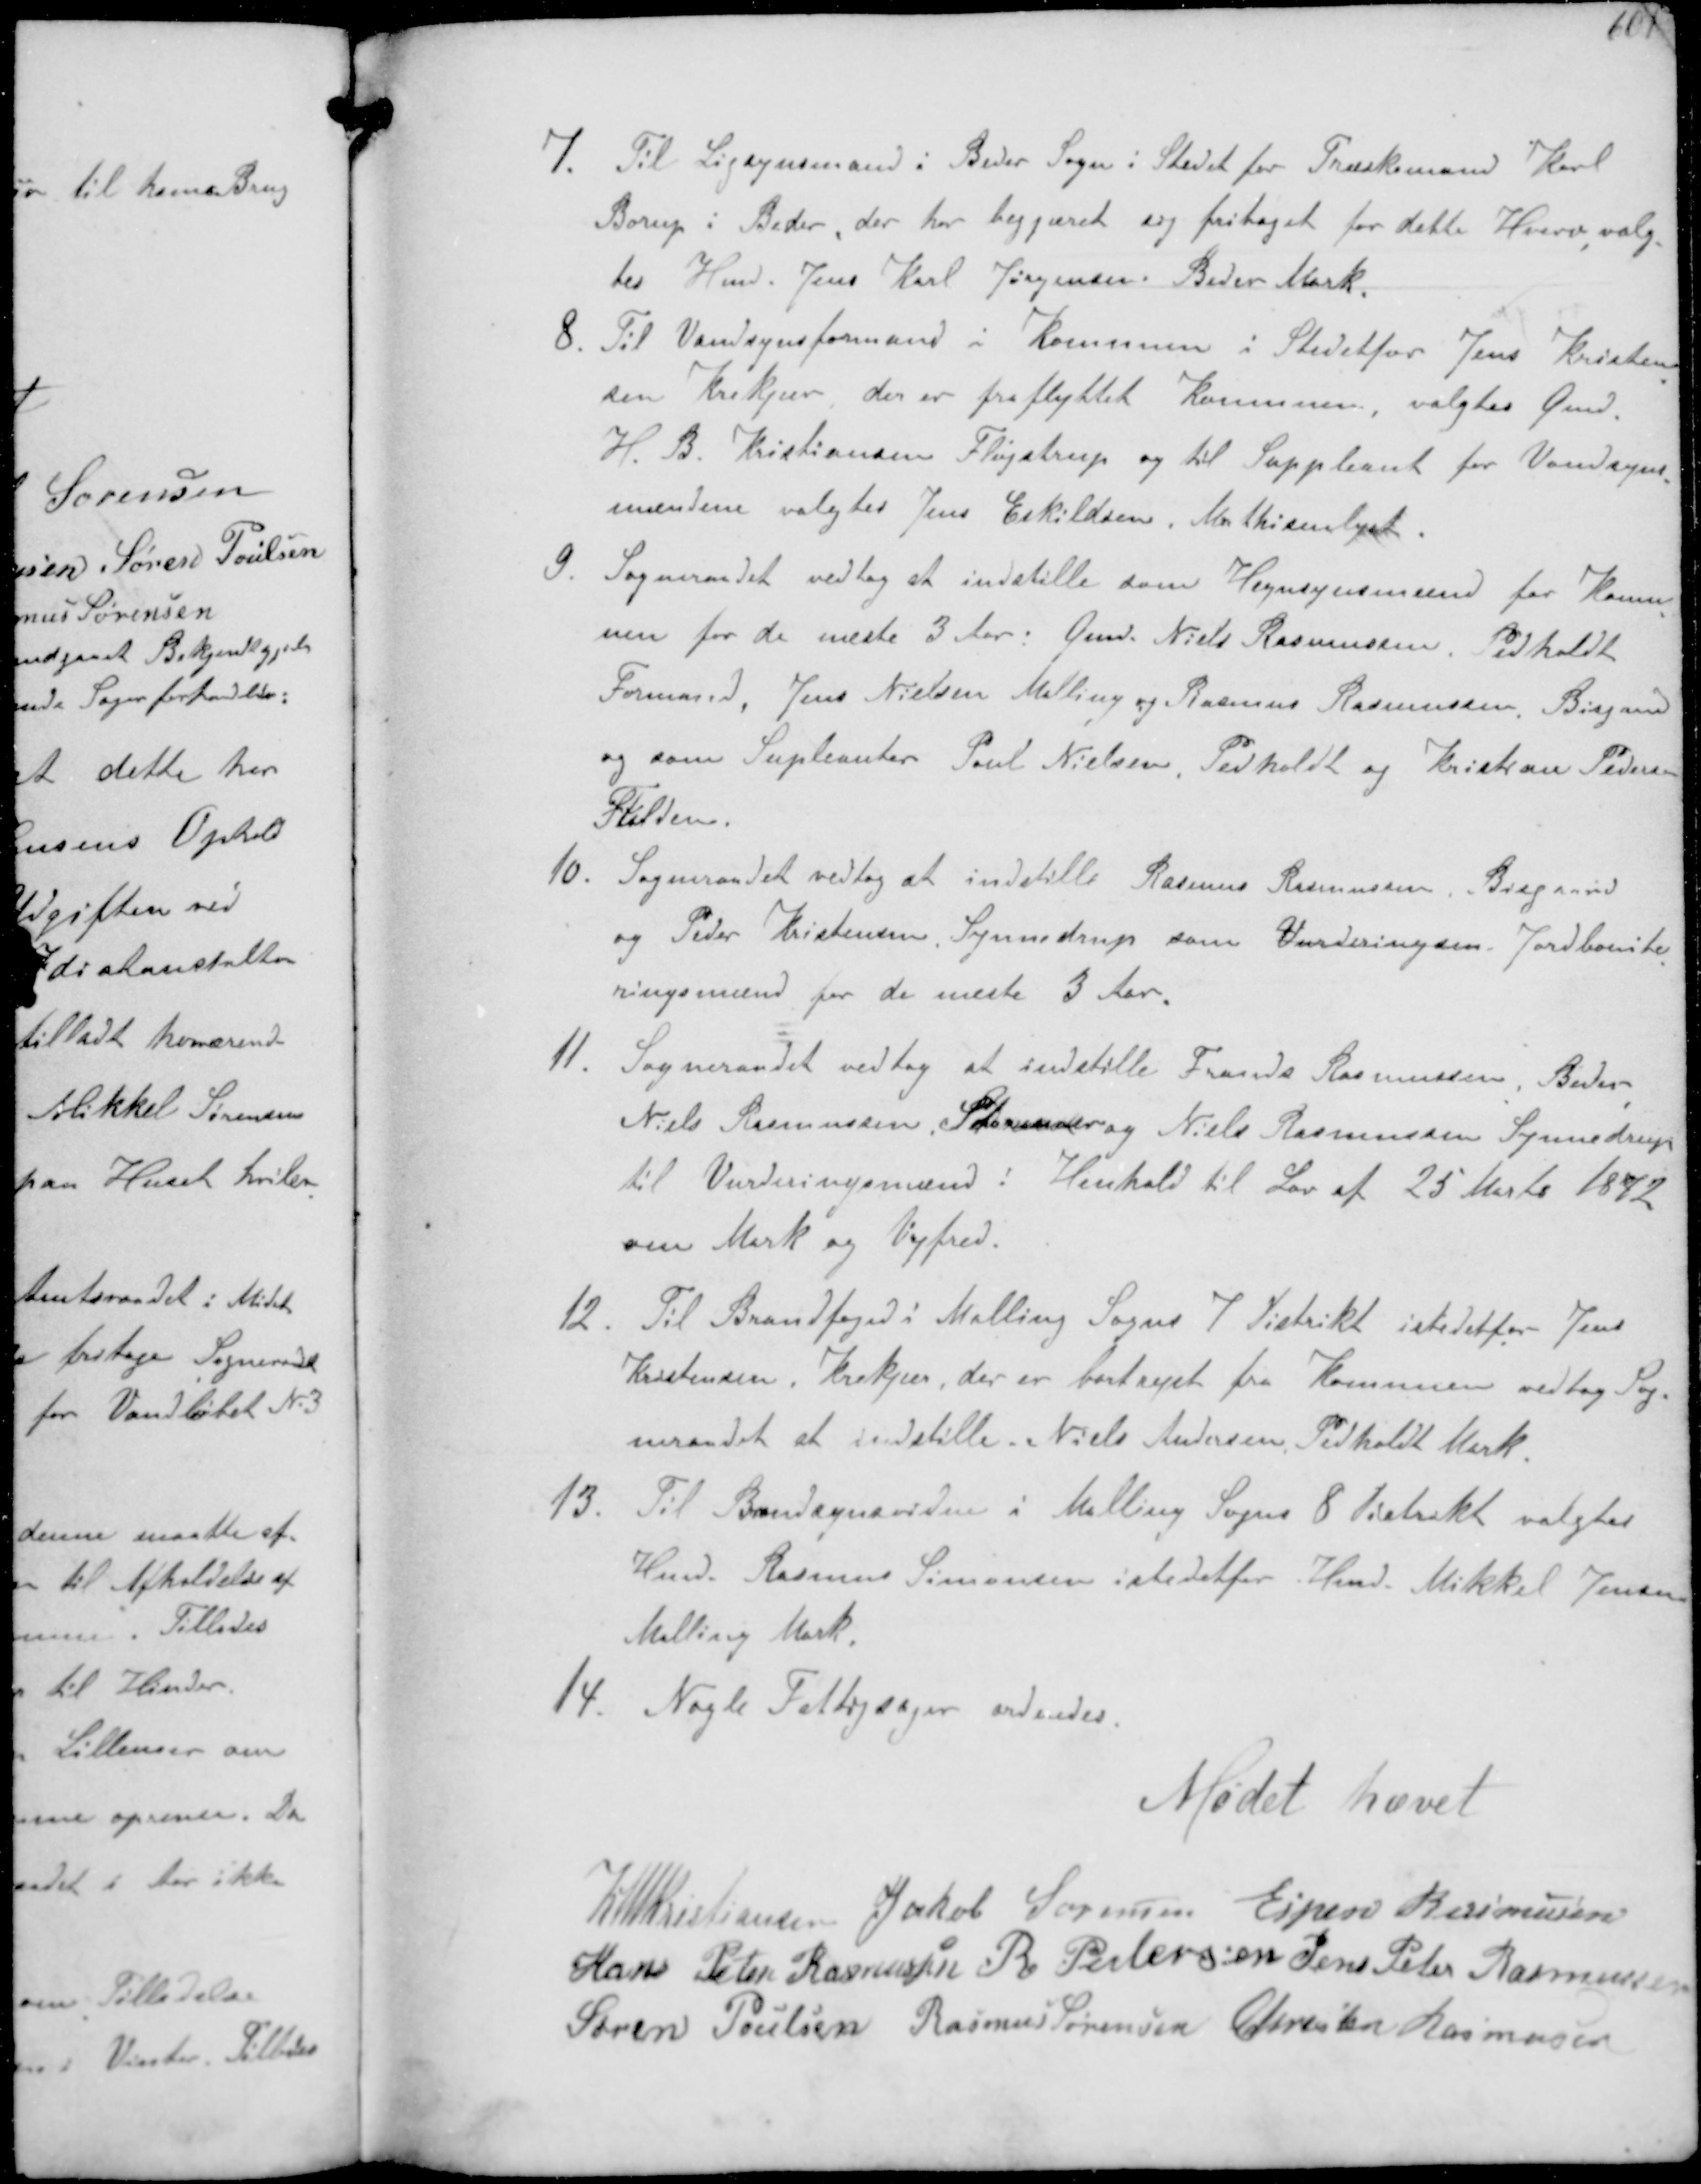
Transskription:
7. Til Ligsynsmand i Beder Sogn i Stedet for Træskomand Karl
Borup i Beder, der har begjæret sig fritaget for dette Hverv valg-
tes Hmd. Jens Karl Jørgensen Beder Mark
8 Til Vandsynsformand i Kommunen i Stedetfor Jens Kristen-
sen Krekær der er fraflyttet Komunen valgtes Gmd.
H.B. Kristiansen Fløjstrup og til Suppleant for Vandsyns-
mændene valgtes Jens Erkildsen, Mathisenlyst.
9. Sogneraadet vedtog at indstille som Hegnsynsmænd for Komu-
nen for de næste 3 Aar. Gmd. Niels Rasmussen, Pedholdt
Formand, Jens Nielsen Malling og Rasmus Rasmussen Bisgaard
og som Supleanter Poul Nielsen Pedholdt og Kristian Pedersen
Fulden
10. Sogneraadet vedtog at indstille Rasmus Rasmussen, Bisgaard
og Peder Kristensen Synnedrup som Vurderingsm. Jordbonite-
ringsmænd for de næste 3 Aar.
11. Sogneraadet vedtog at indstille Frands Rasmussen, Beder
Niels Rasmussen Storenoer og Niels Rasmussen Synnedrup
til Vurderingsmænd i Henhold til Lov af 25 Marts 1872
om Mark og Vejfred.
12. Til Brandfoged i Malling Sogns 7 Distrikt istedetfor Jens
Kristensen, Krekjær, der er bortrejst fra Kommunen vedtog Sog-
neraadet at indstille Niels Andersen Pedholdt Mark
13. Til Bandsynsvidne i Malling Sogns 8 Distrikt valgtes
Hmd. Rasmus Simonsen istedetfor Hmd Mikkel Jensen
Malling Mark
14. Nogle Fattigsager ordnedes

Mødet hævet

K N M Kristiansen Jakob Sørensen Espen Rasmussen
Hans Peter Rasmussen R Pedersen Jens Peter Rasmussen
Søren Poulsen Rasmus Sørensen Chresten Rasmusen